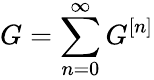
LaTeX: G=\sum_{n=0}^{\infty}G^{[n]}